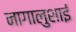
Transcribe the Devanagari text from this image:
नागालुशाई